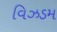
વિઝડમ